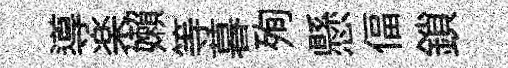
導楽嬾等暮殉懸偪鎖